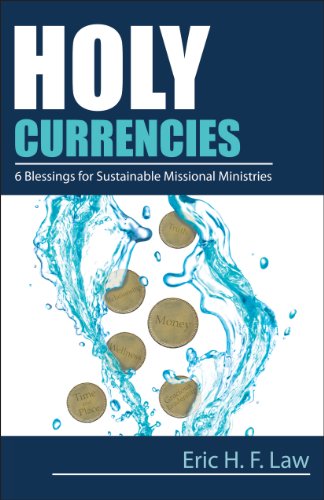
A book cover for Holy Currencies: Six Blessings for Sustainable Missional Ministries; Rev. Eric Law; Christian Books & Bibles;